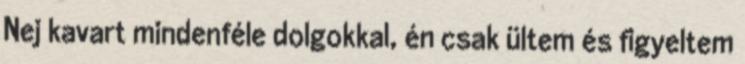
Nej kavart mindenféle dolgokkal, én csak ültem és figyeltem